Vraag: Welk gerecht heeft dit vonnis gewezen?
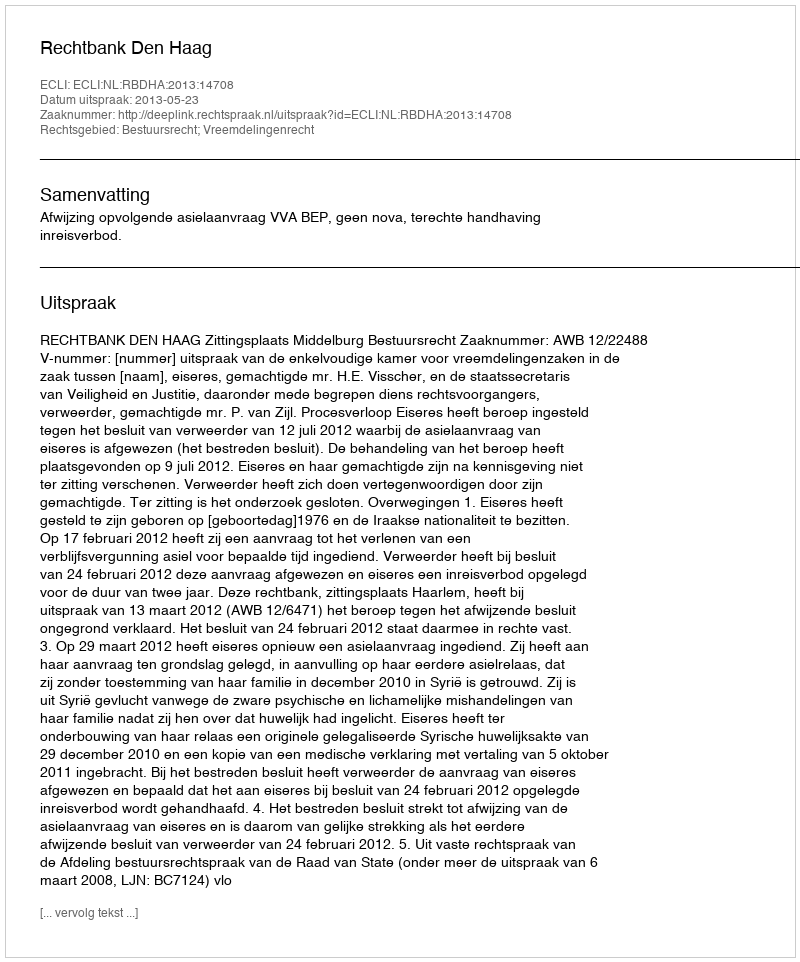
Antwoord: Rechtbank Den Haag